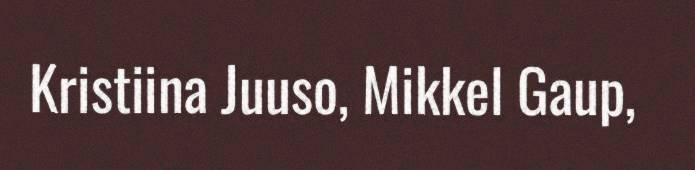
Kristiina Juuso, Mikkel Gaup,